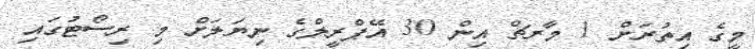
މީގެ އިތުރަށް 1 މާރޗް އިން 30 އޭޕްރީލްގެ ނިޔަލަށް މި ރިސޯޓުގައި